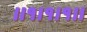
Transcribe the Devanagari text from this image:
।।१।१।१।।